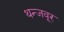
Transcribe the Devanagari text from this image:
थन्जवूर